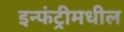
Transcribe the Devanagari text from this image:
इन्फंट्रीमधील